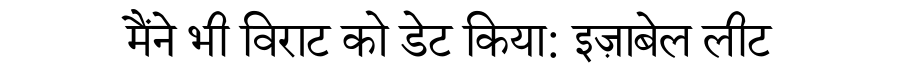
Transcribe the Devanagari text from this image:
मैंने भी विराट को डेट किया: इज़ाबेल लीट